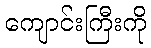
ကျောင်းကြီးကို